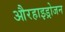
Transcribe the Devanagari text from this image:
औरहाइड्रोजन